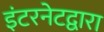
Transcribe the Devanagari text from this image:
इंटरनेटद्वारा